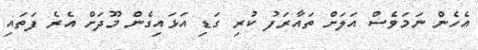
އެހެން ނަމަވެސް އަލަށް ތައާރަފު ކުރި ގަޑި އަޅައިގެން މޫދަށް އެރެ ފަތައި